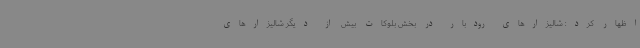
اظهار کرد: شالیزارهای رودبار در بخش بلوکات بیش از دیگر شالیزارهای